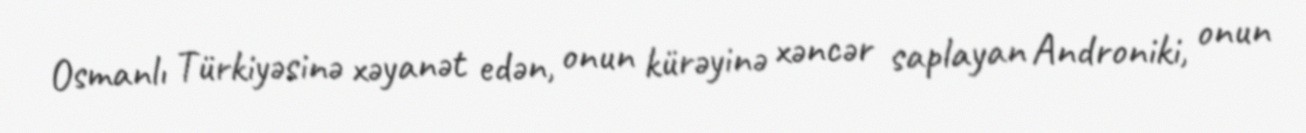
Osmanlı Türkiyəsinə xəyanət edən, onun kürəyinə xəncər saplayan Androniki, onun